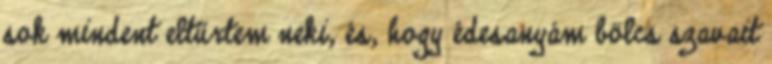
sok mindent eltűrtem neki, és, hogy édesanyám bölcs szavait